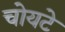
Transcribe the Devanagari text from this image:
चोयटे